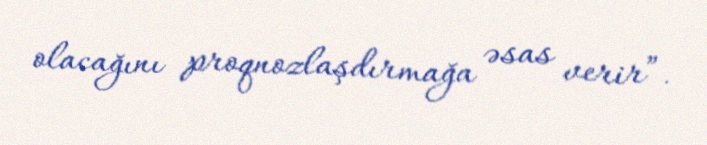
olacağını proqnozlaşdırmağa əsas verir”.